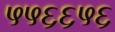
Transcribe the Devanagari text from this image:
५५६६५६